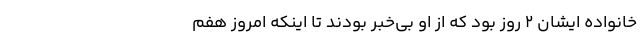
خانواده ایشان ۲ روز بود که از او بی‌خبر بودند تا اینکه امروز هفم